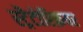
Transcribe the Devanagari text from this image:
स्ट्रैटोस्फ़ियर